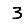
Digit: 3